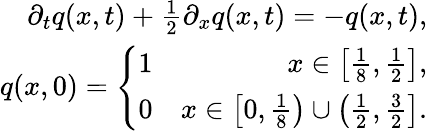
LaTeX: \begin{array}{r}{\partial_{t}q(x,t)+\frac{1}{2}\partial_{x}q(x,t)=-q(x,t),}\\ {q(x,0)=\left\lbrace\begin{array}{lr}{1}&{x\in\left[\frac{1}{8},\frac{1}{2}\right],}\\ {0}&{x\in\left[0,\frac{1}{8}\right)\cup\left(\frac{1}{2},\frac{3}{2}\right].}\end{array}\right.}\end{array}